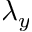
\lambda _ { y }